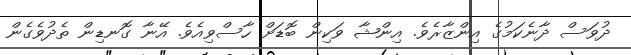
ދުވަސް ދާނެކަމުގެ އިންޒާރެވެ. އިންޝާ ވަކިން ބޮޑަށް ހާސްވިއެވެ. އޭނާ ގޮނޑިން ތެދުވެގެން